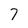
Character: 7